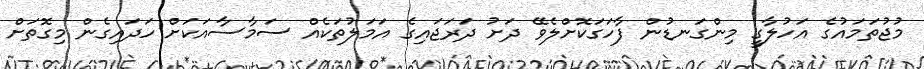
މުޖުތަމައުގެ އަހުލާގީ މިންގަނޑުން ފާހަގަކޮށްލެވޭ ދަށު ދަރަޖައިގެ އަމަލުތަކެއް ސަމާސާއަކަށް ހަދައިގެން މިގޮތަށް